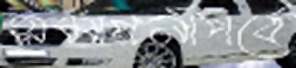
সমাপনীপর্বে